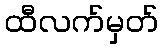
ထီလက်မှတ်